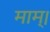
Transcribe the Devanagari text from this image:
माम्।